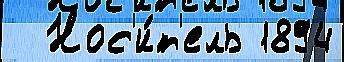
  Нос'и́т'ель 1894